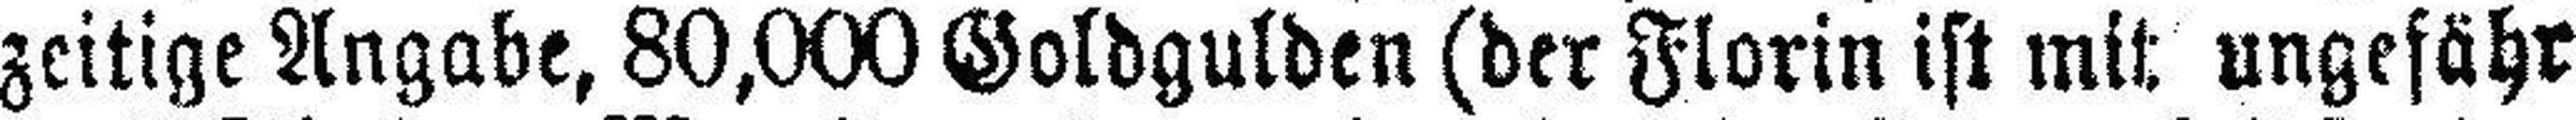
zeitige Angabe, 80,000 Goldgulden (der Florin ist mit ungefähr